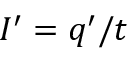
I ^ { \prime } = q ^ { \prime } / t